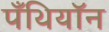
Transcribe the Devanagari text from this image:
पँथियॉन